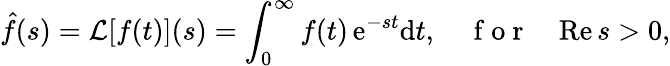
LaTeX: \hat{f}(s)=\mathcal{L}[f(t)](s)=\int_{0}^{\infty}f(t)\, \mathrm{e}^{-st}\mathrm{d}t,\quad\mathrm{~f~o~r~}\quad\mathrm{Re}\, s>0,